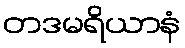
တဒမရိယာနံ